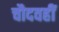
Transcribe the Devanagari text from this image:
चौदवहीं